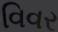
વિવર